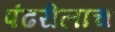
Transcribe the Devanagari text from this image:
पंढरीलाच